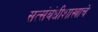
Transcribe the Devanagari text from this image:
सत्संबंधीशास्त्राचे